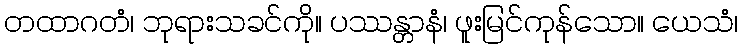
တထာဂတံ၊ ဘုရားသခင်ကို။ ပဿန္တာနံ၊ ဖူးမြင်ကုန်သော။ ယေသံ၊